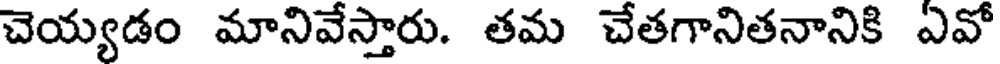
చెయ్యడం మానివేస్తారు. తమ చేతగానితనానికి ఏవో